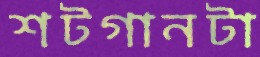
শটগানটা